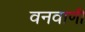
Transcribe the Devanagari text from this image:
वनवाणी